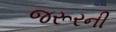
જરૂરની